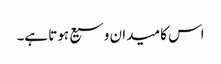
اس کا میدان وسیع ہوتا ہے۔